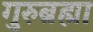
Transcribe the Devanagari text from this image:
गुरुब्रह्मा